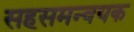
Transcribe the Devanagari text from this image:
सहसमन्वयक